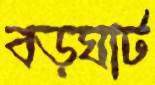
বড়ঘাট